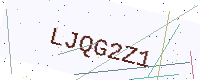
Text: LJQG2Z1